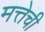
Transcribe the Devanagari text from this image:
मत्तेची